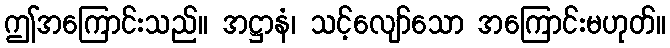
ဤအကြောင်းသည်။ အဋ္ဌာနံ၊ သင့်လျော်သော အကြောင်းမဟုတ်။